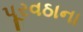
પૂરવઠાના